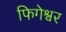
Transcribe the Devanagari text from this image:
फिगेश्वर